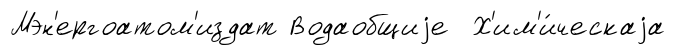
Мэн'ергоатом'издат Водаобщиjе Х'им'и́ческаjа